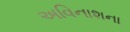
અવિનાશના